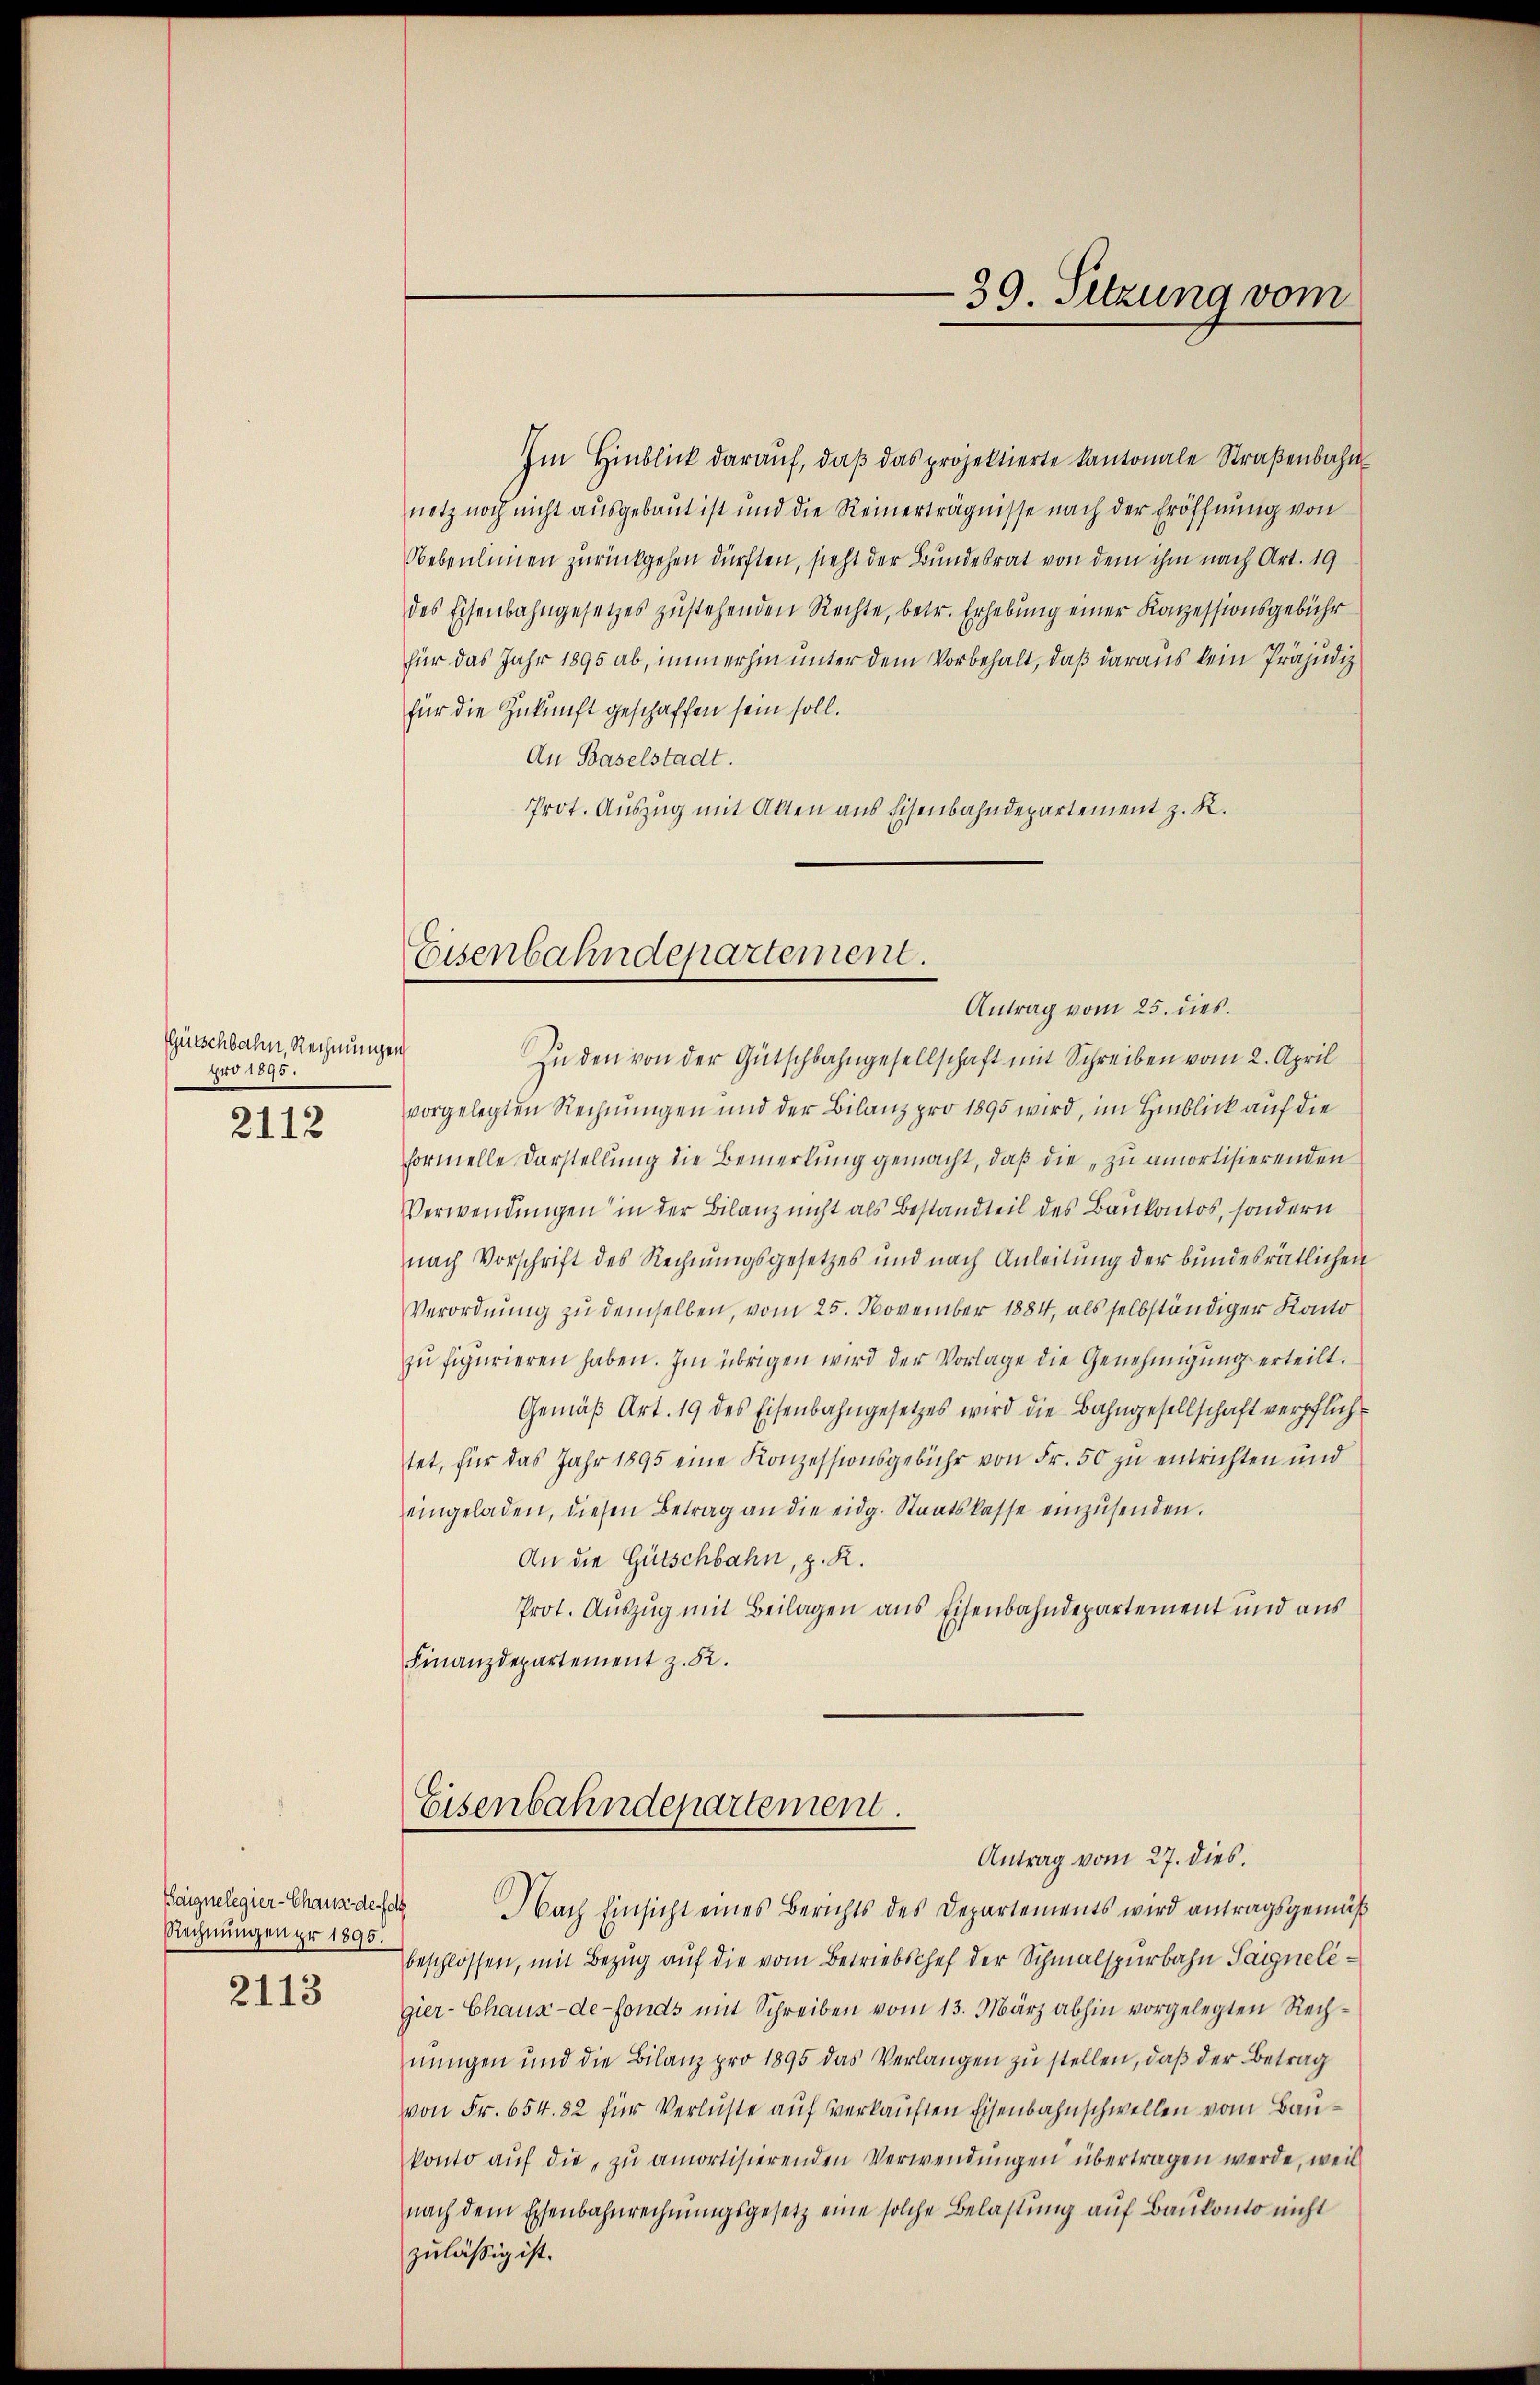
Gütschbahn, Rechnungen
pro 1895
2112

Kaignelegier-Chaus de fol
Rechnungen pr 1895.
2113

Im Hinblick darauf, daβ das projektierte Kantonale Straßenbahn
netz noch nicht ausgebaut ist und die Reinerträgnisse nach der Eröffnung von
Nebenleinen zurückgehen dürften, sieht der Bundesrat von dem ihm nach Art. 19
des Eisenbahngesetzes zustehenden Rechte, betr. Erhebung einer Konzessionsgebühr
für das Jahr 1895 ab, immerhin unter dem Vorbehalt, daß daraus kein Präjudiz
für die Zukunft geschaffen sein soll.
An Baselstadt.
Prot. Auszug mit Alten aus Eisenbahndepartement z. R.

Eisenbahndepartement.

Zu den von der Gütschbahngesellschaft mit Schreiben vom 2. April
vorgelegten Rechnungen und der Bilanz pro 1895 wird, im Hinblick auf die
formelle Darstellung die Bemerkung gemacht, daß die „zu amortisierenden
Verwendungen in der Bilanz nicht als Bestandteil des Baukontos, sondern
nach Vorschrift des Rechnungsgesetzes und nach Anleitung der bundesrätlichen
Verordnung zu demselben, vom 25. November 1884, als selbständiger Konto
zu figurieren haben. Im übrigen wird der Vorlage die Genehmigung erteilt.
Gemäß Art. 19 des Eisenbahngesetzes wird die Bahngesellschaft verpflichtet, für das Jahr 1895 eine Konzessionsgebühr von Fr. 50 zŭ entrichten und
eingeladen, diesen Betrag an die eidg. Staatskasse einzŭsenden.
An die Gütschbahn, z. R.
Prot. Auszug mit Beilagen aus Eisenbahndepartement und aus
Finanzdepartement z. B.

Nach Einsicht eines Berichts des Departements wird antragsgemäß
beschlossen, mit Bezug auf die vom Betriebschef der Schmalspurbahn Taggnelégier-Chaux-de-Fonds mit Schreiben vom 13. März abhin vorgelegten Rechnŭngen und die Bilanz pro 1895 das Verlangen zŭ stellen, daβ der Betrag
von Fr. 654. 82 für Verluste auf verkauften Eisenbahnschwellen vom Baukonto auf die zu amortisierenden Verwendungen übertragen werde, weil
nach dem Eisenbahnrechnŭngsgesetz eine solche Belastŭng aŭf Baŭkonto nicht
zulässig ist.

39. Setzung vom

Antrag vom 25. dies

Eisenbahndepartement.
Antrag vom 27. dies.